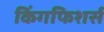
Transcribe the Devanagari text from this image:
किंगफिशर्स